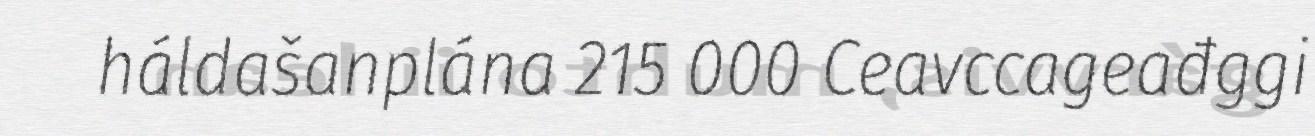
háldašanplána 215 000 Ceavccageađggi